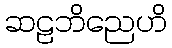
ဆဠဘိညေဟိ